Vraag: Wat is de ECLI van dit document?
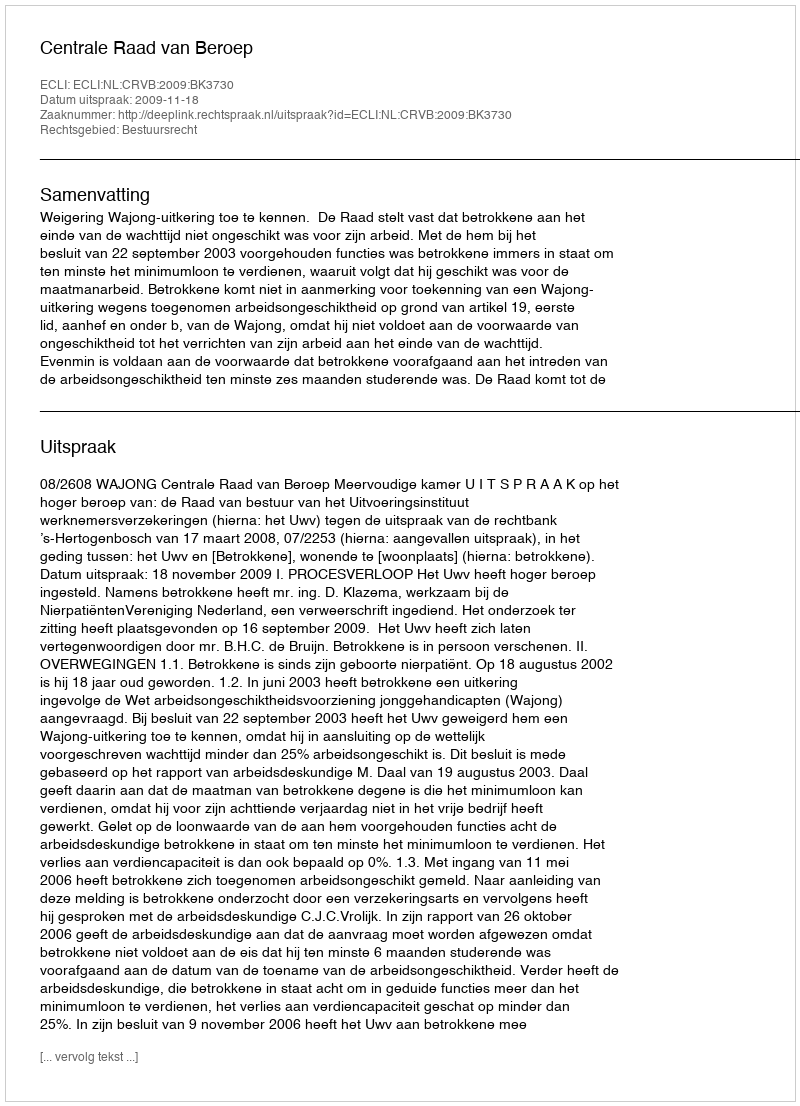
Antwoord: ECLI:NL:CRVB:2009:BK3730